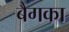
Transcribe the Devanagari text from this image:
बैगका